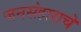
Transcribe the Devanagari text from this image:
जनसंहाराचे